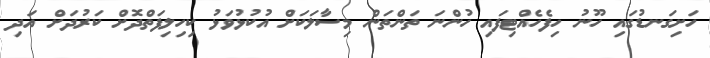
ހަށިގަނޑުގައި ހޫނު ހިފެހެއްޓިފައި ހުންނަ ތަންތަން މިސާލަކަށް އުކުޅުވަޅު ކިހިލިފަތްދޮށް ކަރުދަށް އަދި